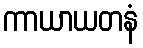
ကာယာယတနံ